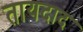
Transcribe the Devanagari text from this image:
तायदाद